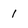
Character: 1